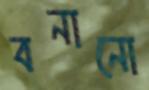
বনানো